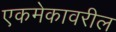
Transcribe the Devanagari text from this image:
एकमेकावरील